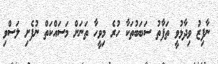
ނާފިޒު ވިދާޅުވީ ތަފާތު ސަބަބުތަކާ ހުރެ މިވީހާ ތަނަށް މަސައްކަތް ނުފެށި ލަސްވި